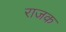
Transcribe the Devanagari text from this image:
राजक